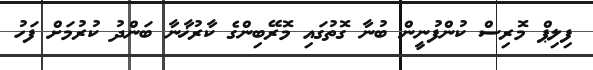
ފިލިޕް މޮރިސް ކުންފުނީން ބުނާ ގޮތުގައި މޮރޭބިންގެ ކާރުޚާނާ ބަންދު ކުރުމަށް ފަހު